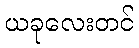
ယခုလေးတင်